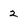
Character: 2